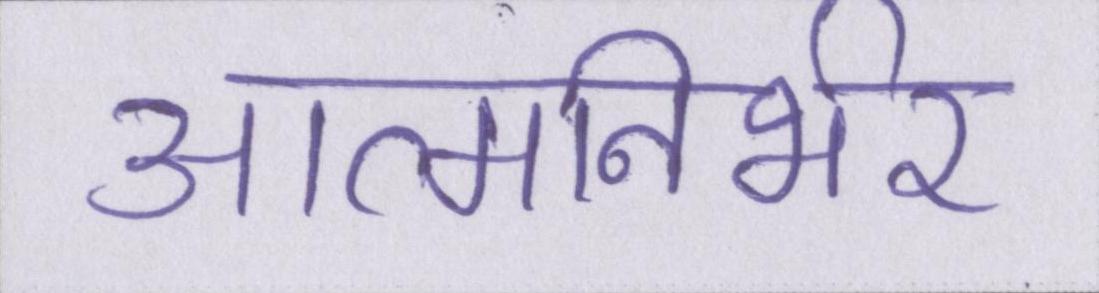
आत्मनिर्भर